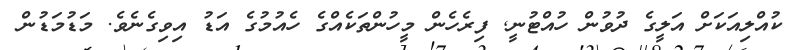
ކުއްލިއަކަށް އަލީގެ ދުވުން ހުއްޓުނީ